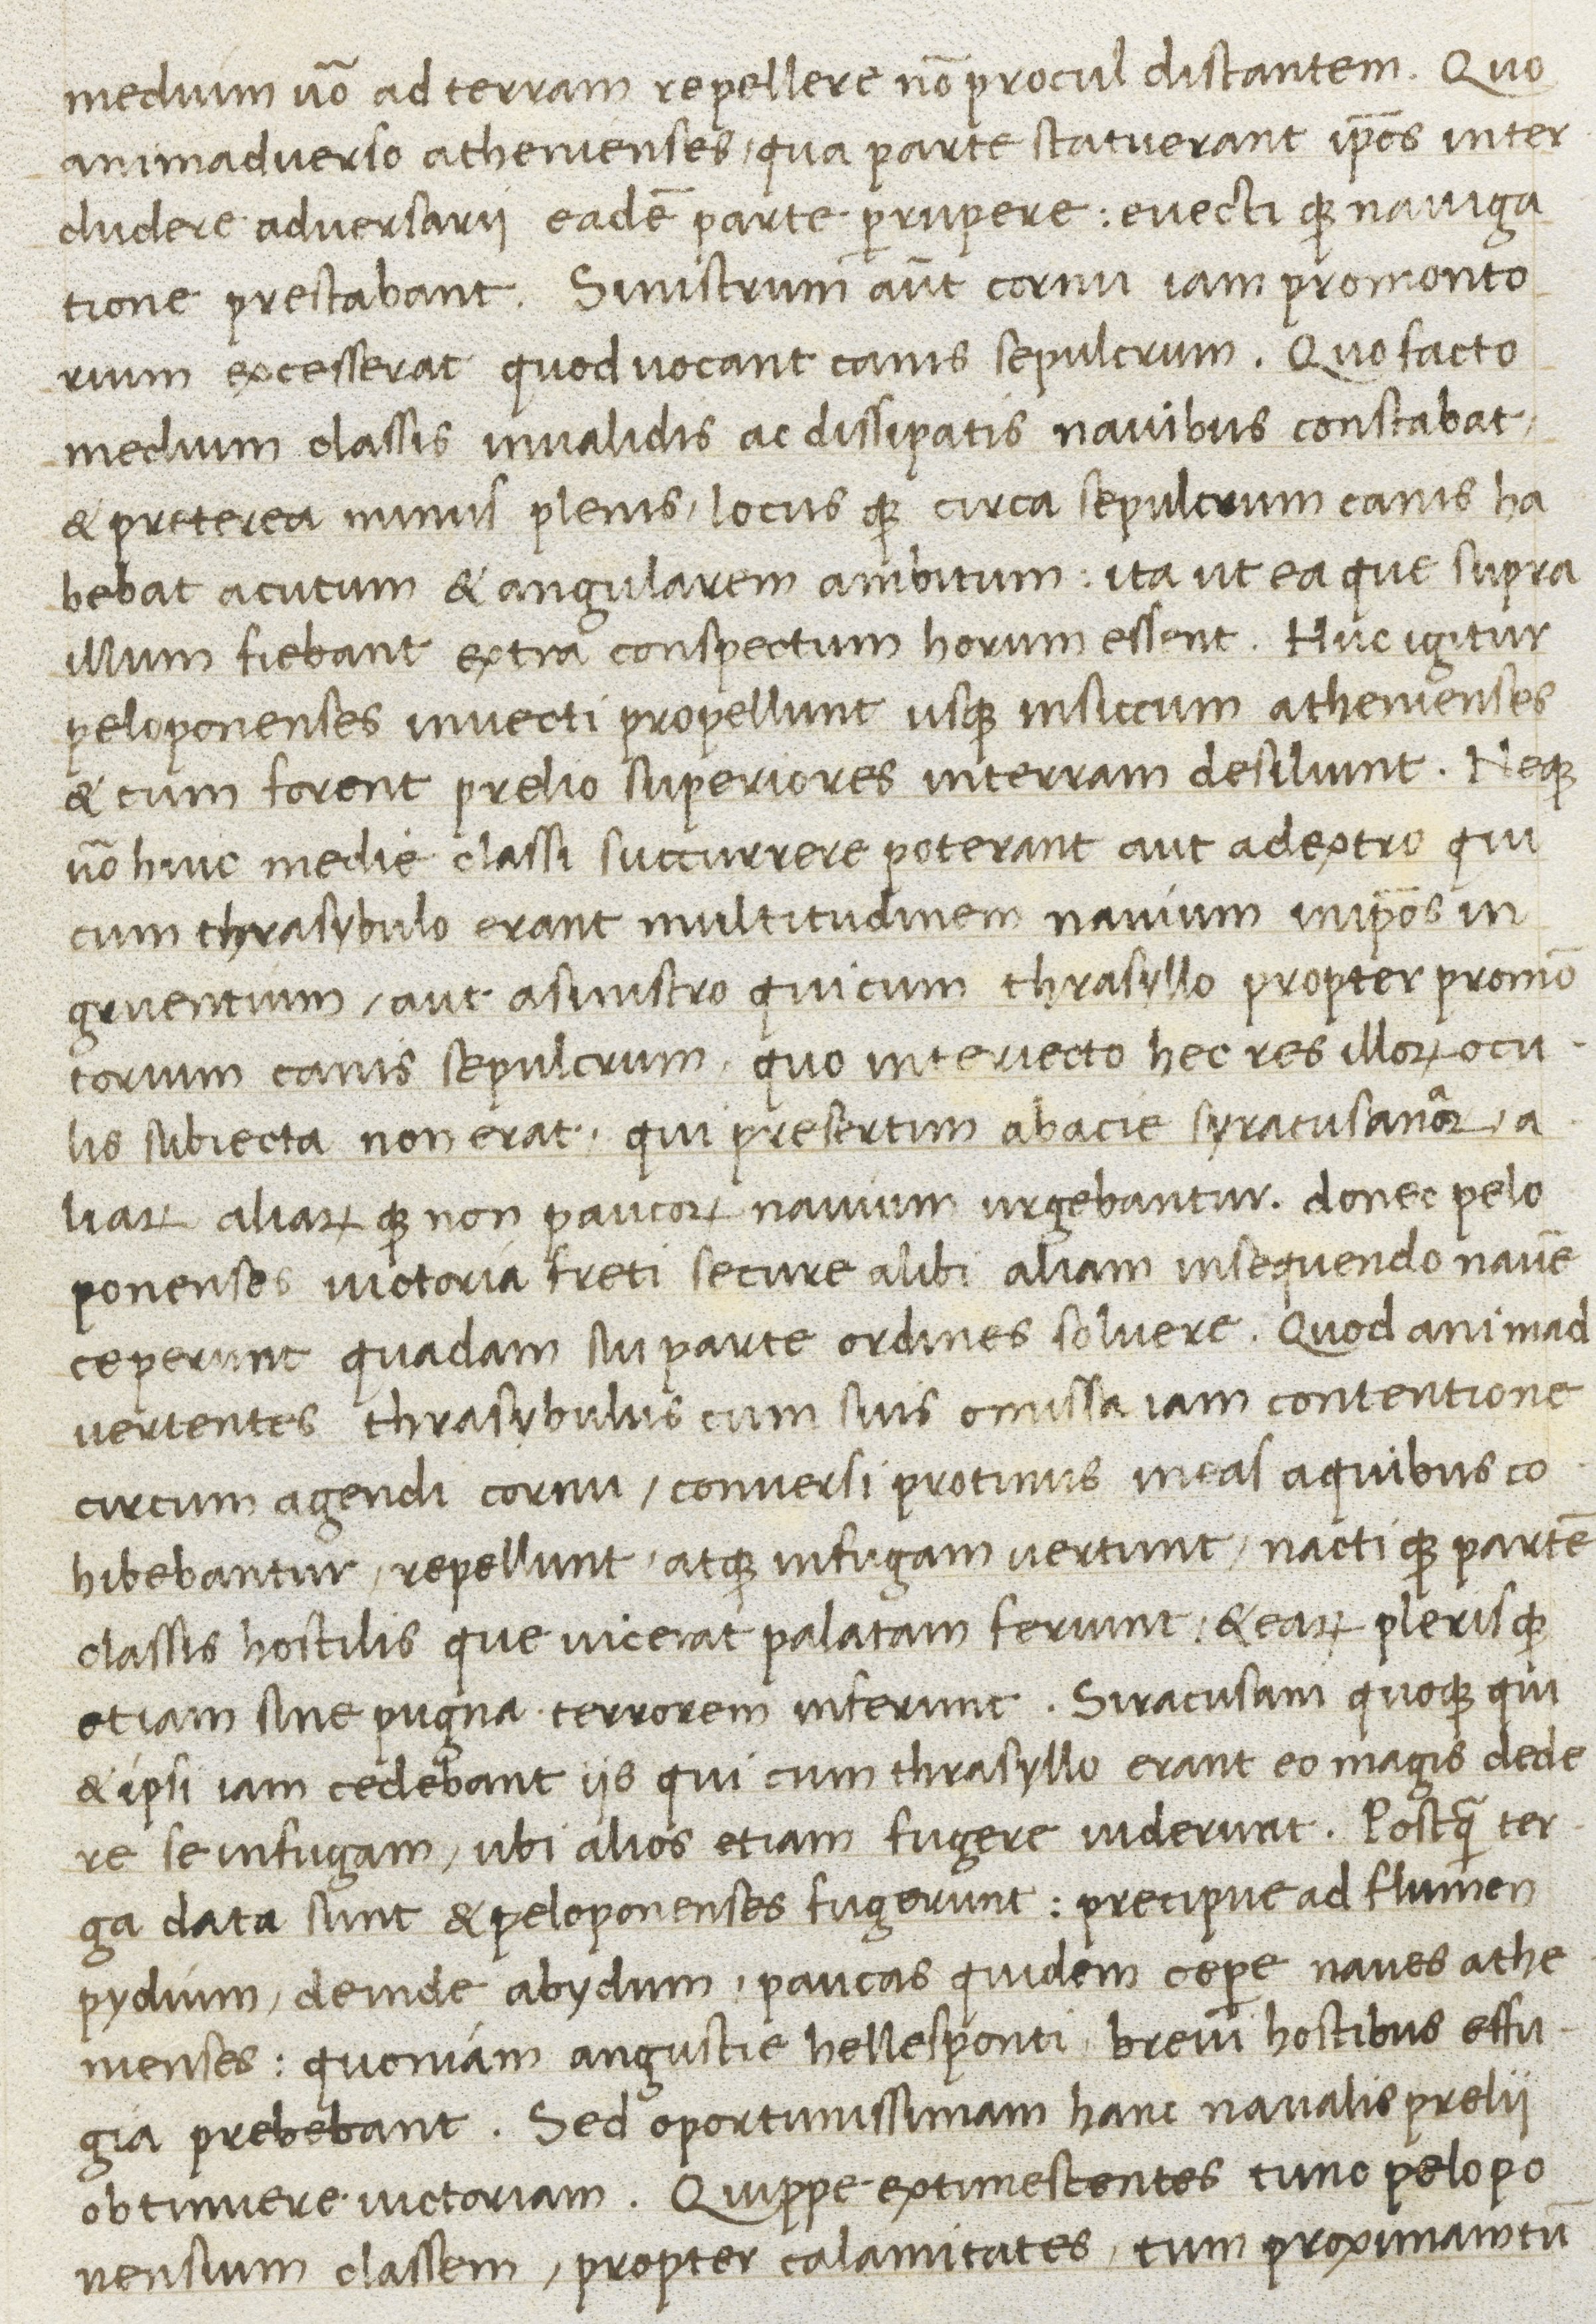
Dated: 1400–1499